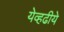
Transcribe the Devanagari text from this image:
येव्हढीये